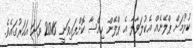
ކުރުމަށް ޕްލޭނެއް އެކުލަވާލާ އެ ޕްލޭން ހިއްސާ ކޮށްފައިވަނީ 2016 ވަނަ އަހަރުގައެވެ.